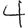
Digit: 4